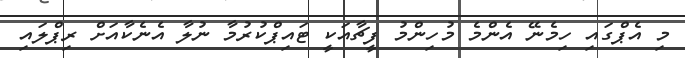
މި އެޕްގައި ހިމެނޭ އެންމެ މުހިންމު ފީޗާއަކީ ޓައިޕްކުރުމާ ނުލާ އެނެކާއަށް ރިޕްލައި